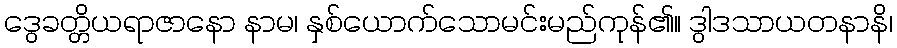
ဒွေခတ္တိယရာဇာနော နာမ၊ နှစ်ယောက်သောမင်းမည်ကုန်၏။ ဒွါဒသာယတနာနိ၊